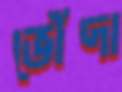
ভোঁদা